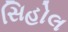
સિહોલ